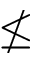
\nleq